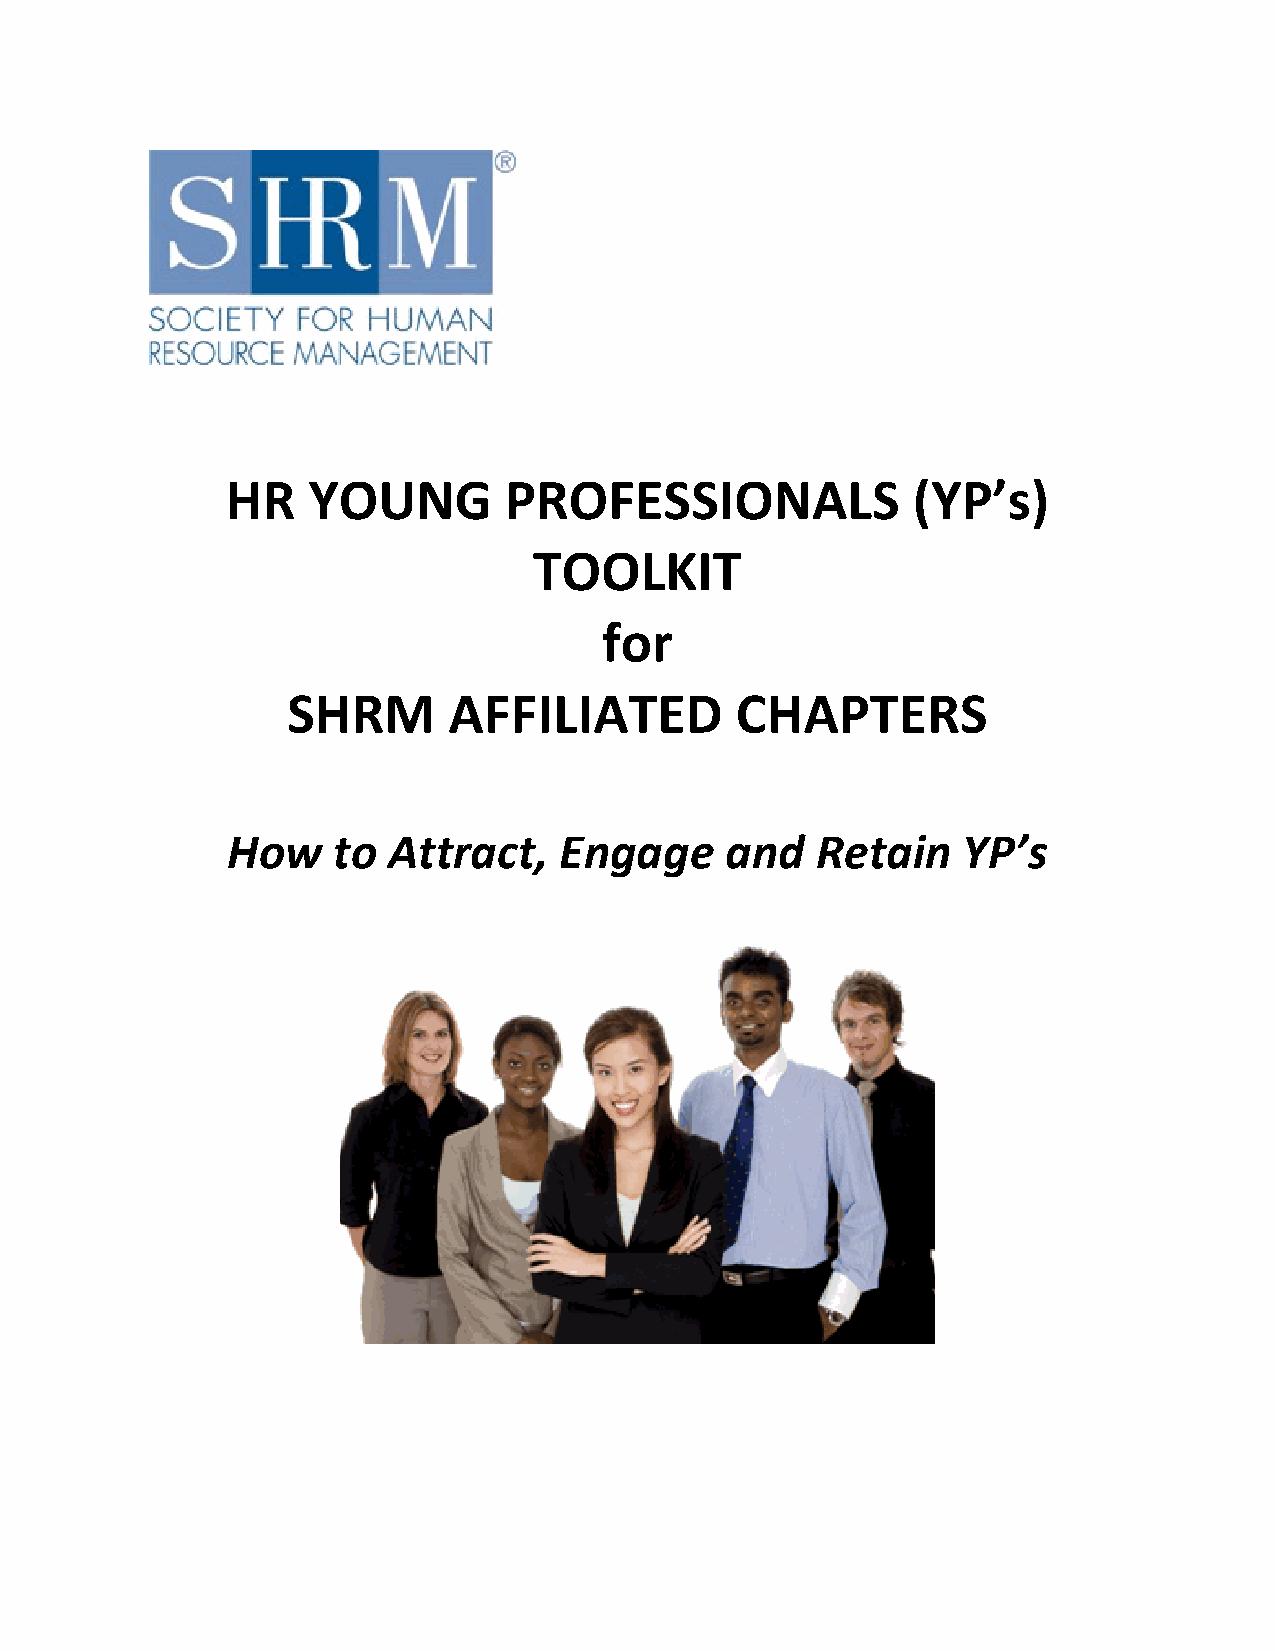
HR   YOUNG        PROFESSIONALS              (YP’s)
 TOOLKIT
 for
 SHRM       AFFILIATED         CHAPTERS
 How    to  Attract,   Engage     and   Retain    YP’s